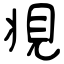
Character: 覜